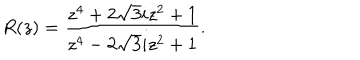
LaTeX: R ( z ) = \frac { z ^ { 4 } + 2 \sqrt { 3 } i z ^ { 2 } + 1 } { z ^ { 4 } - 2 \sqrt { 3 } i z ^ { 2 } + 1 } .